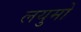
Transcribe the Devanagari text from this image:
लयुमो